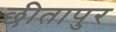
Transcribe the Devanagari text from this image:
छीतापुर